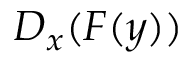
D _ { x } ( F ( y ) )